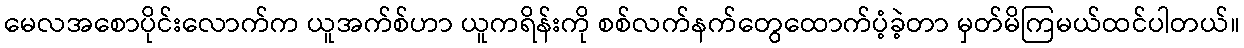
မေလအစောပိုင်းလောက်က ယူအက်စ်ဟာ ယူကရိန်းကို စစ်လက်နက်တွေထောက်ပံ့ခဲ့တာ မှတ်မိကြမယ်ထင်ပါတယ်။